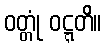
ဝတ္တုံ ဝဋ္ဋတိ။